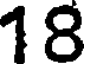
18